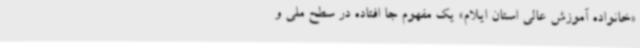
«خانواده آموزش عالی استان ایلام» یک مفهوم جا افتاده در سطح ملی و